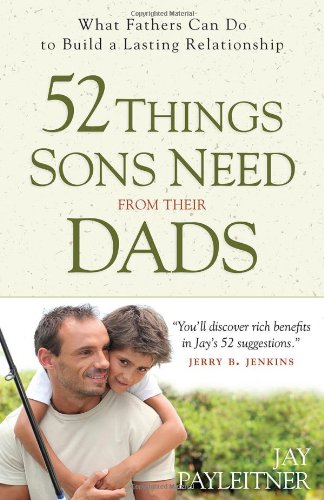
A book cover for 52 Things Sons Need from Their Dads: What Fathers Can Do to Build a Lasting Relationship; Jay Payleitner; Christian Books & Bibles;